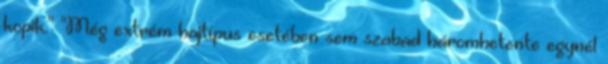
kopik." "Még extrém hajtípus esetében sem szabad háromhetente egynél